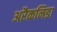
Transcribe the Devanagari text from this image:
अरैकनिडा